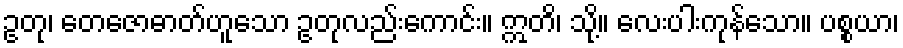
ဥတု၊ တေဇောဓာတ်ဟူသော ဥတုလည်းကောင်း။ ဣတိ၊ သို့။ လေးပါးကုန်သော။ ပစ္စယာ၊